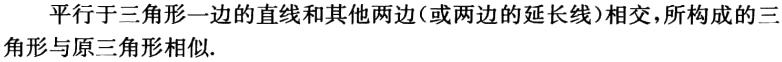
平行于三角形一边的直线和其他两边（或两边的延长线）相交，所构成的三角形与原三角形相似.